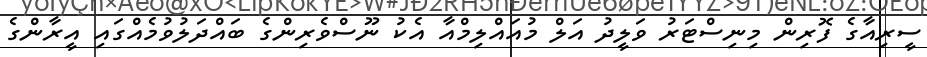
ސީރިއާގެ ފޮރިން މިނިސްޓަރު ވަލީދު އަލް މުއައްލިމްއާ އެކު ނޫސްވެރިންގެ ބައްދަލުވުމެއްގައި އީރާންގެ